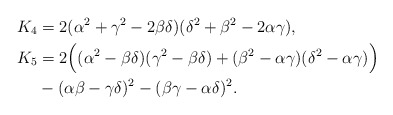
\begin{align*}K_{4}&=2(\alpha^{2}+\gamma^{2}-2\beta\delta)(\delta^{2}+\beta^{2}-2\alpha\gamma),\\ K_{5}&=2\Big((\alpha^{2}-\beta\delta)(\gamma^{2}-\beta\delta)+(\beta^{2}-\alpha\gamma)(\delta^{2}-\alpha\gamma)\Big)\\ &-(\alpha\beta-\gamma\delta)^{2}-(\beta\gamma-\alpha\delta)^{2}.\end{align*}